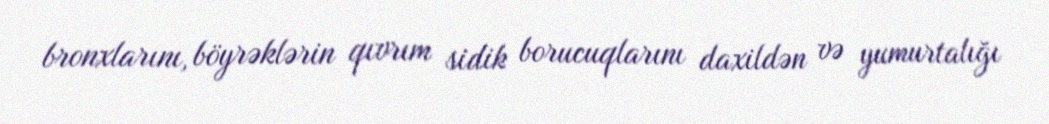
bronxlarını, böyrəklərin qıvrım sidik borucuqlarını daxildən və yumurtalığı